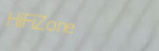
HiFiZone